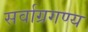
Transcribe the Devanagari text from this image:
सर्वाग्रगण्य